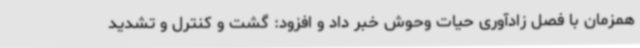
همزمان با فصل زادآوری حیات وحوش خبر داد و افزود: گشت و کنترل و تشدید